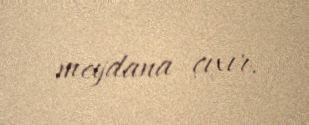
meydana çıxır.